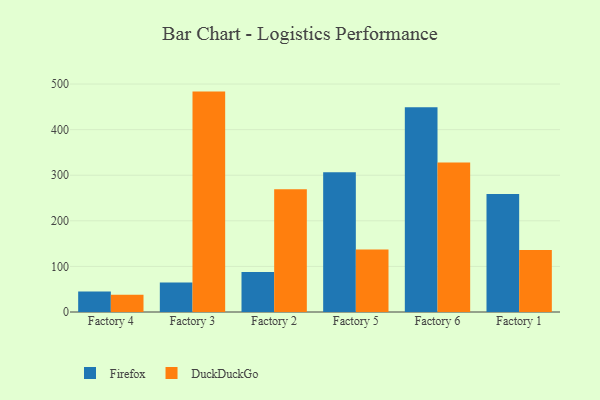
{"axis": {"x": "Factory", "y": "Inventory Turnover"}, "legend": ["DuckDuckGo", "Firefox"], "data": [{"x": "Factory 4", "y": 44.8, "type": "Firefox"}, {"x": "Factory 4", "y": 38.0, "type": "DuckDuckGo"}, {"x": "Factory 3", "y": 64.5, "type": "Firefox"}, {"x": "Factory 3", "y": 483.4, "type": "DuckDuckGo"}, {"x": "Factory 2", "y": 87.6, "type": "Firefox"}, {"x": "Factory 2", "y": 269.1, "type": "DuckDuckGo"}, {"x": "Factory 5", "y": 306.7, "type": "Firefox"}, {"x": "Factory 5", "y": 137.1, "type": "DuckDuckGo"}, {"x": "Factory 6", "y": 449.0, "type": "Firefox"}, {"x": "Factory 6", "y": 327.8, "type": "DuckDuckGo"}, {"x": "Factory 1", "y": 258.8, "type": "Firefox"}, {"x": "Factory 1", "y": 136.1, "type": "DuckDuckGo"}]}